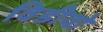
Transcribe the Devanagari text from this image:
विडीवो